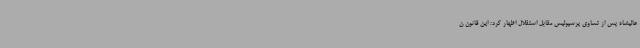
عالیشاه پس از تساوی پرسپولیس مقابل استقلال اظهار کرد: این قانون ن